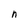
Character: n